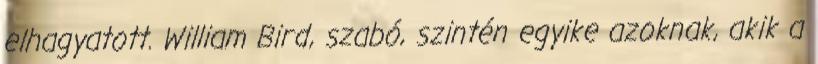
elhagyatott. William Bird, szabó, szintén egyike azoknak, akik a